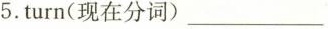
5.turn(现在分词)___